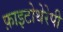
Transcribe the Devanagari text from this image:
फ़ाइटोथेरेपी